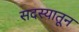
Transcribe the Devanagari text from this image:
सदस्यातून